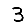
Digit: 3